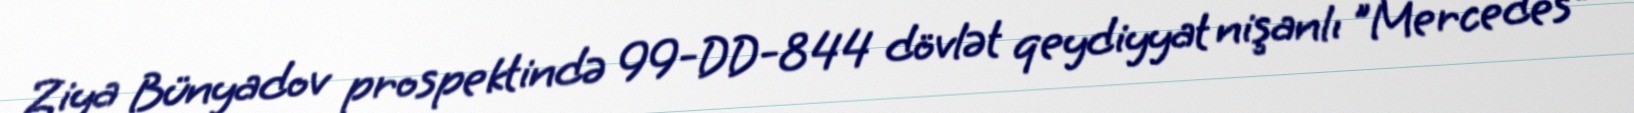
Ziya Bünyadov prospektində 99-DD-844 dövlət qeydiyyat nişanlı "Mercedes"